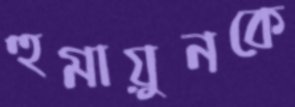
হুমায়ুনকে